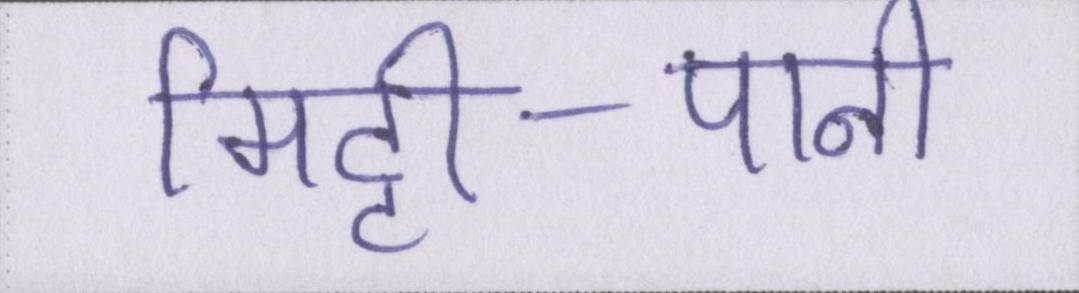
मिट्टी-पानी